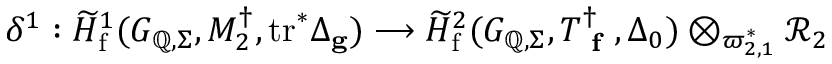
\delta ^ { 1 } : \widetilde { H } _ { \mathrm { f } } ^ { 1 } ( G _ { \mathbb { Q } , \Sigma } , M _ { 2 } ^ { \dagger } , \mathrm { t r } ^ { * } \Delta _ { \mathbf { g } } ) \longrightarrow \widetilde { H } _ { \mathrm { f } } ^ { 2 } ( G _ { \mathbb { Q } , \Sigma } , T _ { \textup { \bf f } } ^ { \dagger } , \Delta _ { 0 } ) \otimes _ { \varpi _ { 2 , 1 } ^ { * } } \mathcal { R } _ { 2 }